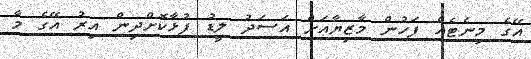
އޭގެ މިނެޓެއް ފަހުން މާޒިޔާއަށް އަސަދު ލީޑު ފުޅާކޮށްދިން އިރު އޭގެ މާ